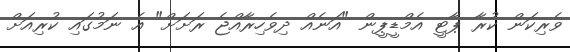
ވެރިކަން ކުރާ ޕާޓީ އެމްޑީޕީން "އަނެއް ދިވެހިރާއްޖެ ރަށަށް" އެ ނަމުގައި ކުރިއަށް